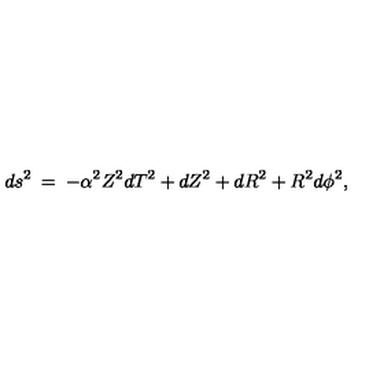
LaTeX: d s ^ { 2 } \: = \: - \alpha ^ { 2 } Z ^ { 2 } d T ^ { 2 } + d Z ^ { 2 } + d R ^ { 2 } + R ^ { 2 } d \phi ^ { 2 } ,